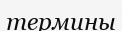
термины